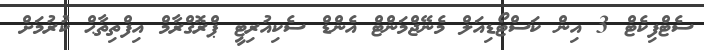
ސެޓްފިކެޓް 3 އިން ކަސްޓޯޑިއަލް މެނޭޖްމަންޓް އެންޑް ސެކިއުރިޓީ ޕްރޮގްރާމް އިފްތިތާޙް ކުރުމަށް